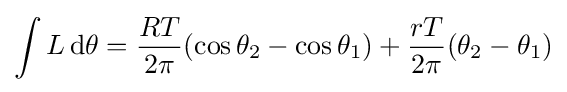
\int L\,\mathrm {d} \theta ={\frac {RT}{2\pi }}(\cos \theta _{2}-\cos \theta _{1})+{\frac {rT}{2\pi }}(\theta _{2}-\theta _{1})